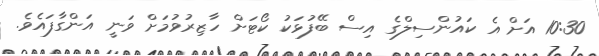
10:30 އަށް އެ ކައުންސިލްގެ އިސް ބޭފުޅަކު ކޯޓަށް ހާޒިރުވުމަށް ވަނީ އަންގާފައެވެ.